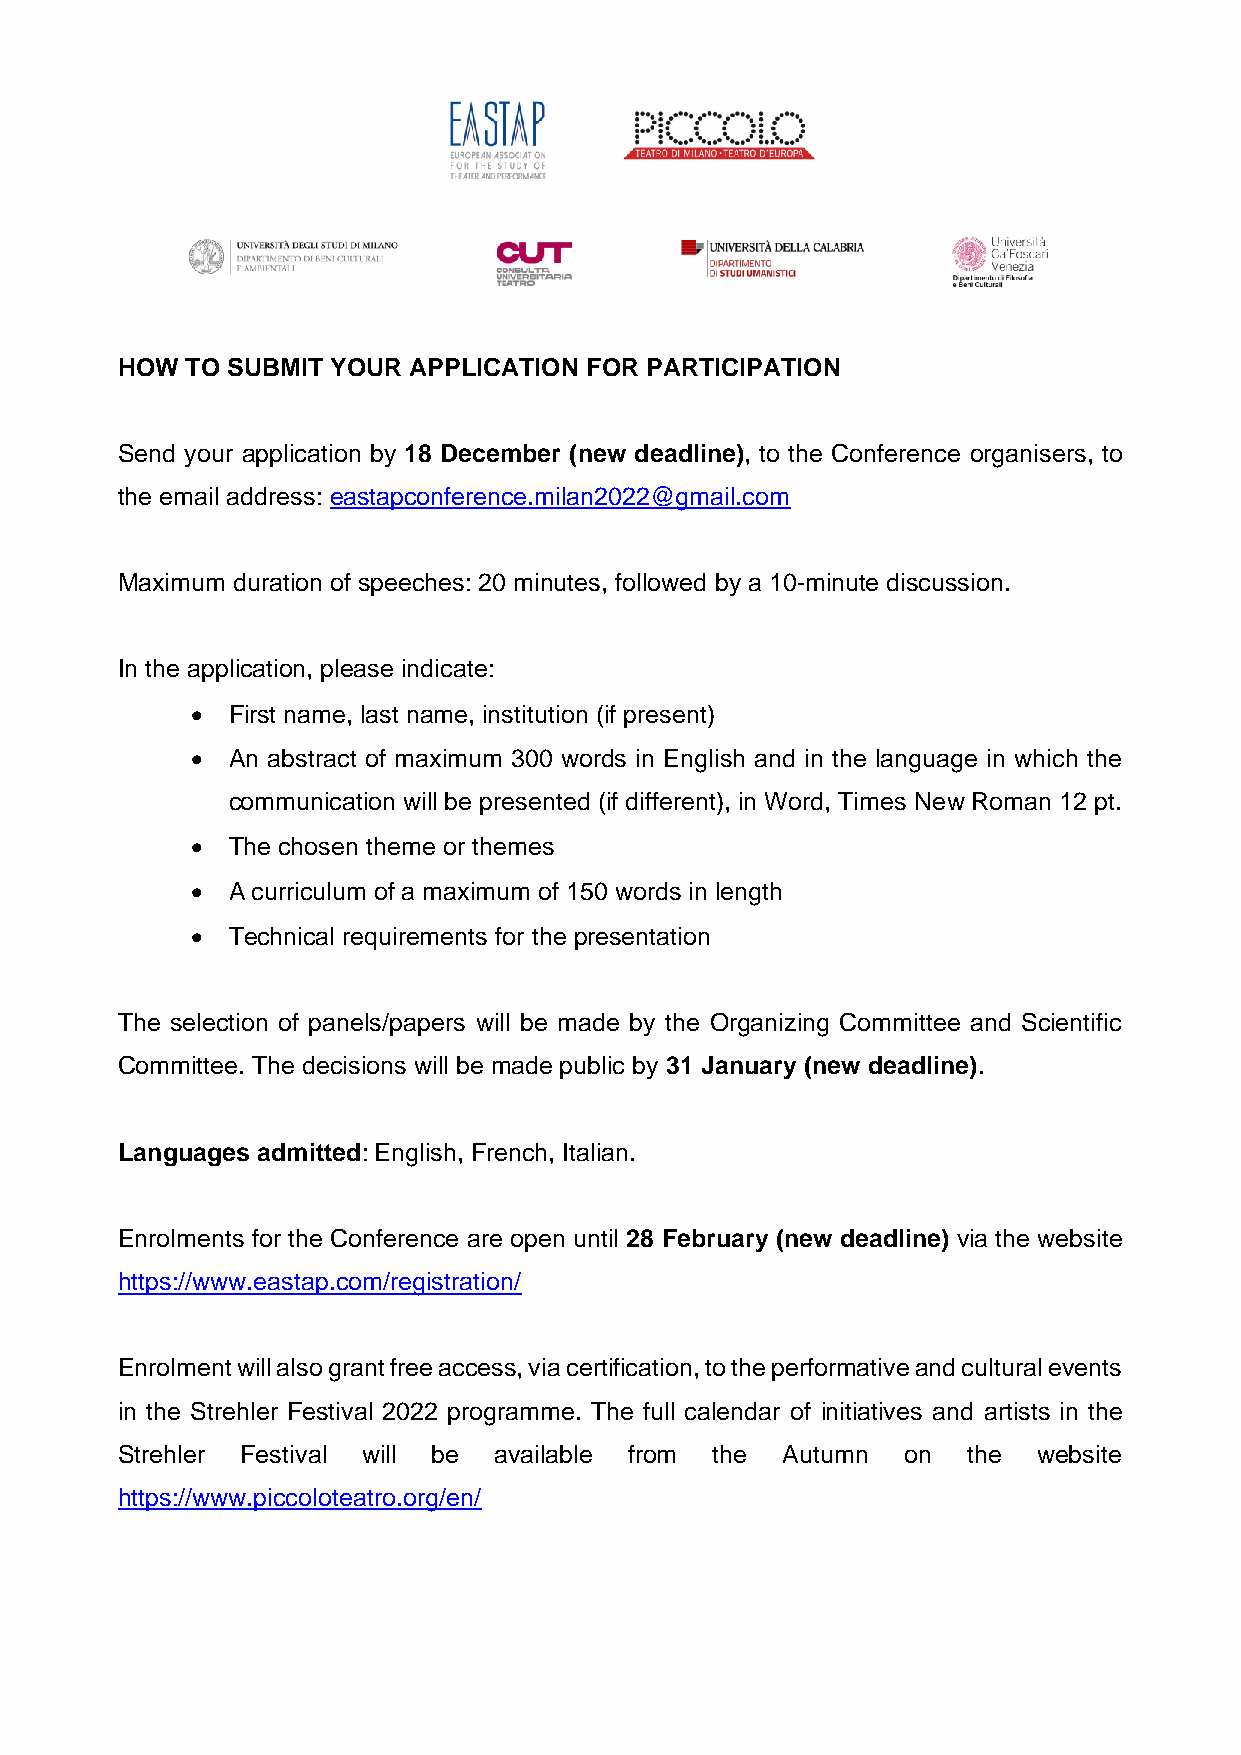
HOW TO SUBMIT YOUR APPLICATION FOR PARTICIPATION
 Send your application by 18 December (new deadline), to the Conference organisers, to
 the email address: eastapconference.milan2022@gmail.com
 Maximum duration of speeches: 20 minutes, followed by a 10-minute discussion.
 In the application, please indicate:
 • First name, last name, institution (if present)
 • An abstract of maximum 300 words in English and in the language in which the
 communication will be presented (if different), in Word, Times New Roman 12 pt.
 • The chosen theme or themes
 • A curriculum of a maximum of 150 words in length
 • Technical requirements for the presentation
 The selection of panels/papers will be made by the Organizing Committee and Scientific
 Committee. The decisions will be made public by 31 January (new deadline).
 Languages admitted: English, French, Italian.
 Enrolments for the Conference are open until 28 February (new deadline) via the website
 https://www.eastap.com/registration/
 Enrolment will also grant free access, via certification, to the performative and cultural events
 in the Strehler Festival 2022 programme. The full calendar of initiatives and artists in the
 Strehler Festival will be available from the Autumn on  the  website
 https://www.piccoloteatro.org/en/